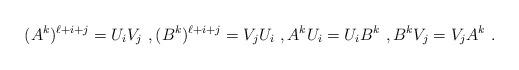
LaTeX: \begin{align*}(A^k)^{\ell +i+j} = U_iV_j\ , (B^k)^{\ell +i+j} =V_jU_i \ , A^kU_i = U_i B^k\ , B^kV_j = V_jA^k\ .\end{align*}